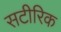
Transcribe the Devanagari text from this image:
सटीरिक